Lunatic asylums Madras 1877-1891 - 1877-1891
Year: 1877
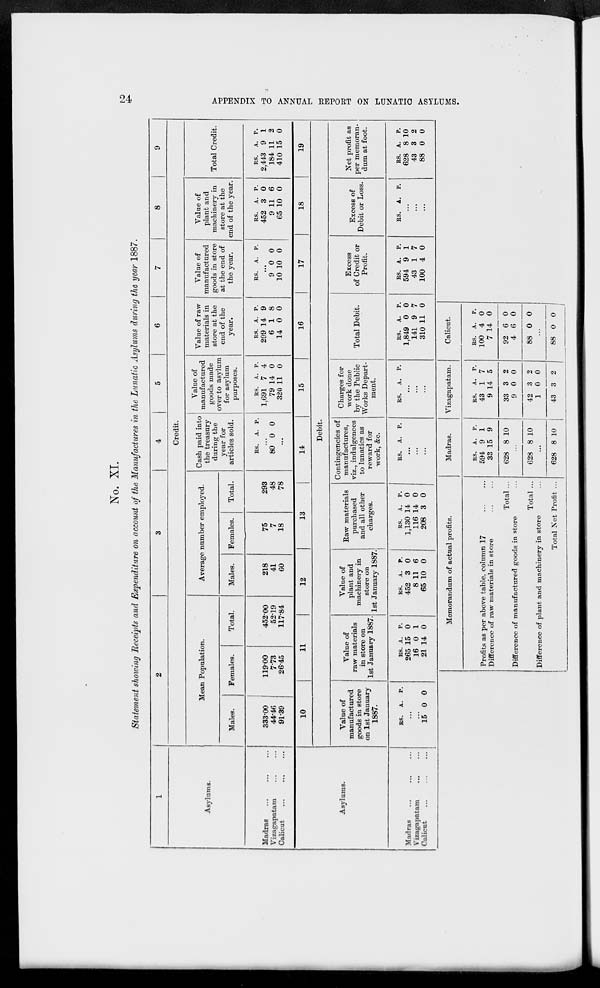
24
APPENDIX TO ANNUAL REPORT ON LUNATIC ASYLUMS.
No. XI.
Statement showing Receipts and Expenditure on account of the Manufactures in the Lunatic Asylums during the year 1887.
1
Asylums.
Madras... ... ...
Vizagapatam... ...
Calicut... ... ...
2
3
4
5
6
7
8
9
Credit.
Mean Population.
Males.
333.00
44.46
91.39
Females.
119.00
7.73
26.45
Total.
452.00
52.19
117.84
Average number employed.
Males.
218
41
60
Females.
75
7
18
Total.
293
48
78
Cash paid into
the treasury
during the
year for
articles sold.
RS.
A. P.
...
80 0 0
...
Value of
manufactured
goods made
over to asylum
for asylum
purposes.
RS.
1,691
79
320
A.
7
14
11
P.
4
0
0
Value of raw
materials in
store at the
end of the
year.
RS.
299
6
14
A.
14
1
0
P.
9
8
0
Value of
manufactured
goods in store
at the end of
the year.
RS. A. P.
...
9
10
0
10
0
0
Value of
plant and
machinery in
store at the
end of the year.
RS.
452
9
65
A.
3
11
10
P.
0
6
0
Total Credit.
RS.
2,443
184
410
A.
9
11
15
P.
1
2
0
Asylums.
Madras... ... ...
Vizagapatam ... ...
Calicut
...
...
...
10
11
12
13
14
15
16
17
18
19
Debit.
Value of
manufactured
goods in store
on 1st January
1887.
RS.
A. P.
...
...
15 0 0
Value of
raw materials
in store on
1st January 1887.
RS.
265
16
21
A.
15
0
14
P.
0
1
0
Value of
plant and
machinery in
store on
1st January 1887.
RS.
452
8
65
A.
3
11
10
P.
0
6
0
Raw materials
purchased
and all other
charges.
RS.
1,130
116
208
A.
14
14
3
P.
0
0
0
Contingencies of
manufactures,
viz., indulgences
to lunatics as
reward for
work, &c.
RS.
A. P.
...
...
...
Charges for
work done
by the Public
Works Depart-
ment.
RS.
A. P.
...
...
...
Total Debit.
RS.
1,849
141
310
A.
0
9
11
P.
0
7
0
Excess
of Credit or
Profit.
RS.
594
43
100
A.
9
1
4
P.
1
7
0
Excess of
Debit or Loss.
RS.
A. P.
...
...
...
Net profit as
per memoran-
dum at foot.
RS.
628
43
88
A.
8
3
0
P.
10
2
0
Memorandum of actual profits.
Profits as per above table, column 17 ... ...
Difference of raw materials in store
Total ...
Difference of manufactured goods in store
Total ...
Difference of plant and machinery in store
Total Net Profit ...
Madras.
RS.
594
33
628
A.
9
15
8
P.
1
9
10
...
628 8 10
...
628 8 10
Vizagapatam.
RS.
43
9
33
9
42
1
43
A.
1
14
3
0
3
0
3
P.
7
5
2
0
2
0
2
Calicut.
RS.
100
7
92
4
88
A.
4
14
6
6
0
P.
0
0
0
0
0
...
88 0 0